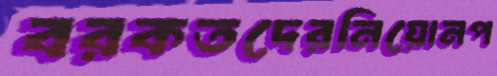
বরকতদেরনিয়োনপ